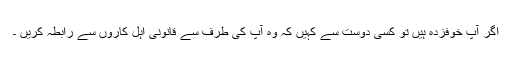
اگر آپ خوفزدہ ہیں تو کسی دوست سے کہیں کہ وہ آپ کی طرف سے قانونی اہل کاروں سے رابطہ کریں ۔